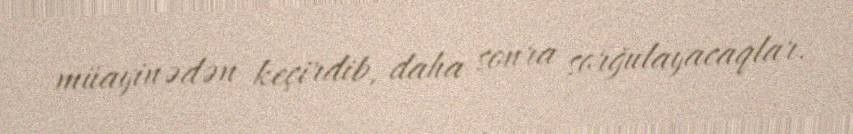
müayinədən keçirdib, daha sonra sorğulayacaqlar.